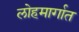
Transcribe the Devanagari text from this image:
लोहमार्गात